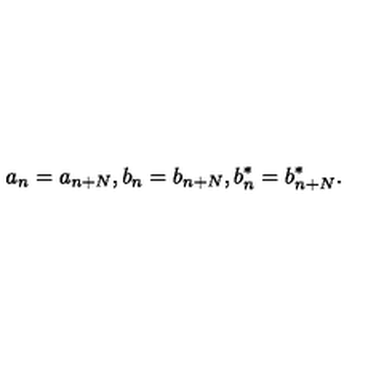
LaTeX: a _ { n } = a _ { n + N } , b _ { n } = b _ { n + N } , b _ { n } ^ { * } = b _ { n + N } ^ { * } .